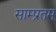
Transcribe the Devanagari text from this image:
साम्प्रतम्